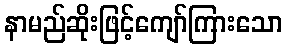
နာမည်ဆိုးဖြင့်ကျော်ကြားသော